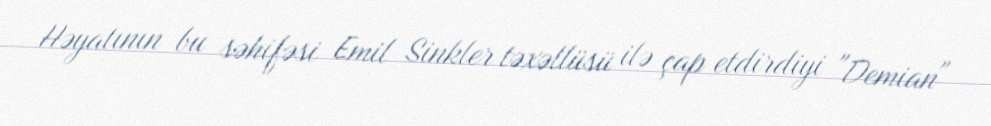
Həyatının bu səhifəsi Emil Sinkler təxəllüsü ilə çap etdirdiyi "Demian"